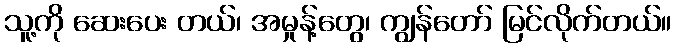
သူ့ကို ဆေးပေး တယ်၊ အမှုန့်တွေ၊ ကျွန်တော် မြင်လိုက်တယ်။